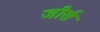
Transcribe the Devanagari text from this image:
जीर्स